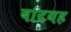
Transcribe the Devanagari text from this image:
बादयह